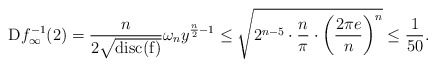
\begin{align*}\mathrm{D}f_\infty^{-1}(2)=\frac{n}{2\sqrt{\mathrm{disc(f)}}}\omega_ny^{\frac{n}{2}-1} \le \sqrt{2^{n-5}\cdot\frac{n}{\pi}\cdot\left(\frac{2\pi e}{n}\right)^{n}}\le \frac{1}{50}.\end{align*}